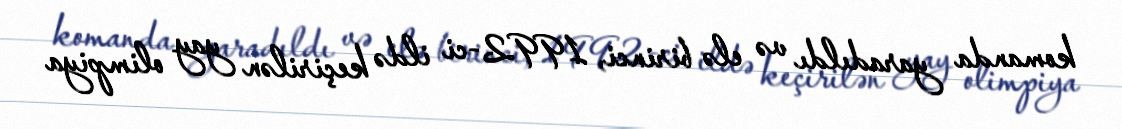
komanda yaradıldı və elə birinci, 1992-ci ildə keçirilən yay olimpiya